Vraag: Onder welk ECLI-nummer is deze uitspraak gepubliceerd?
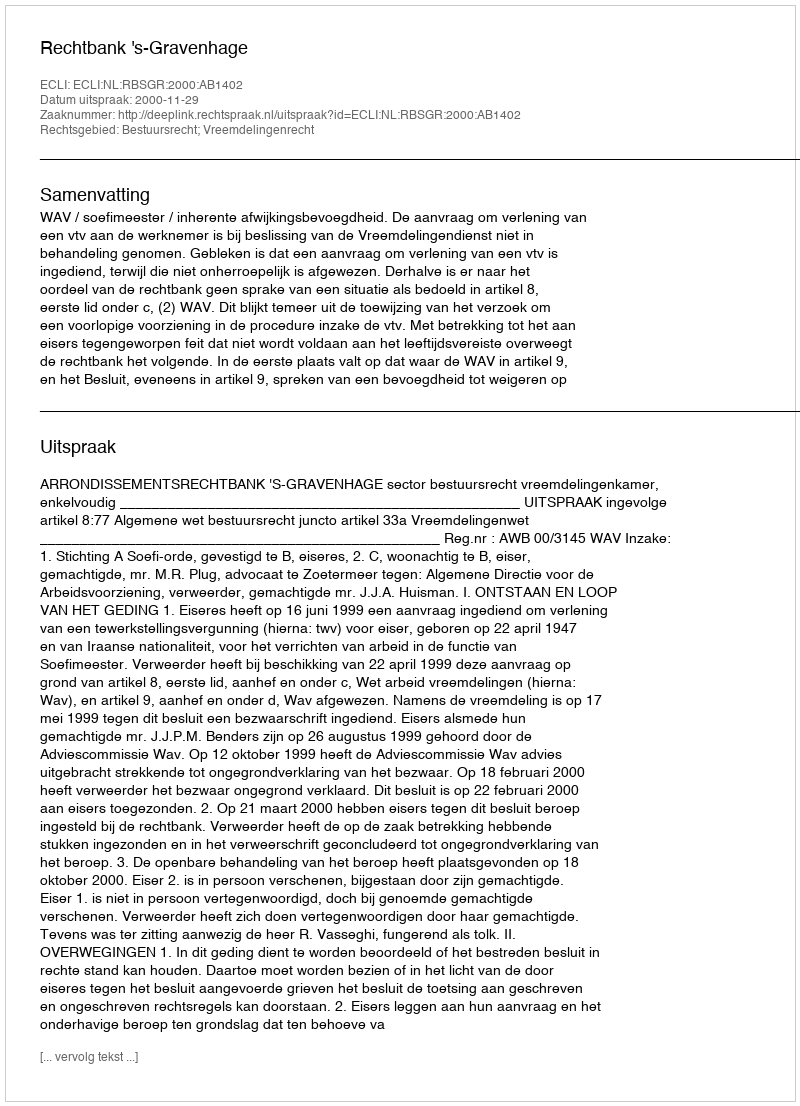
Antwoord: ECLI:NL:RBSGR:2000:AB1402